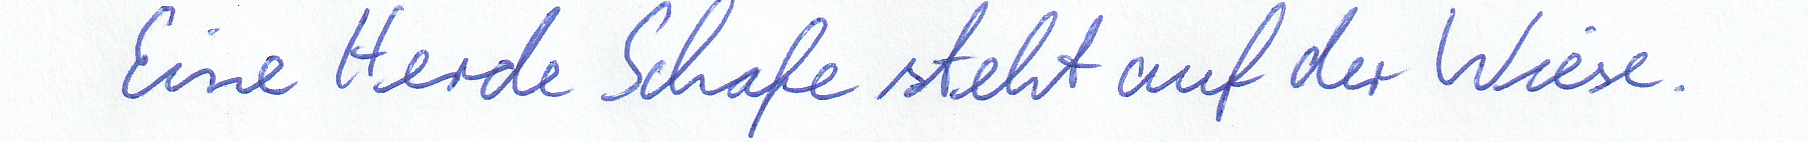
Eine Herde Schafe steht auf der Wiese.